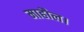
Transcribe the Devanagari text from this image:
माहौल।